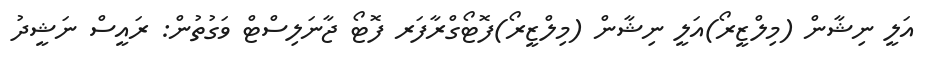
އަލީ ނިޝާން (މިލްޒީރޯ)އަލީ ނިޝާން (މިލްޒީރޯ)ފޮޓޯގްރާފަރ ފޮޓޯ ޖާނަލިސްޓް ވަގުތުން: ރައީސް ނަޝީދު